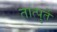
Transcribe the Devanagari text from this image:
तात्पुर्ते